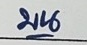
บน